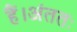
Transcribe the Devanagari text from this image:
हैं।अंततः